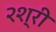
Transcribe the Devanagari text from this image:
२श्री